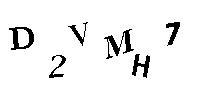
D2VMH7